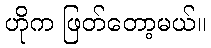
ဟိုက ဖြတ်တော့မယ်။